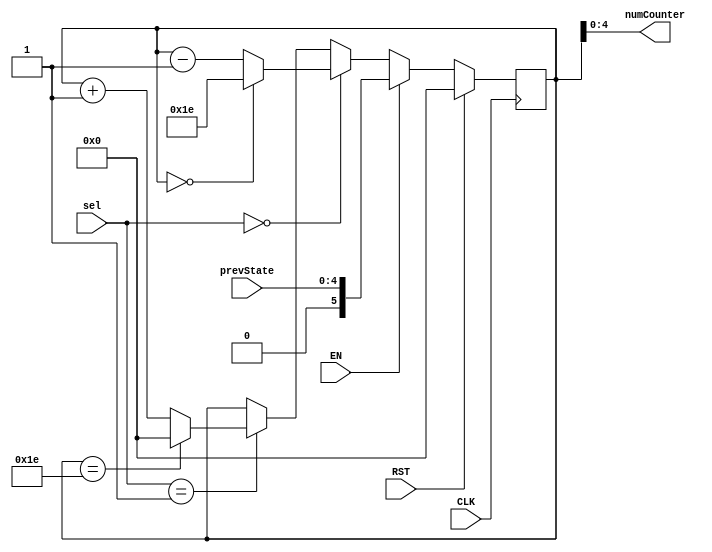
`timescale 1ns / 1ps
//////////////////////////////////////////////////////////////////////////////////
// Company: 
// Engineer: 
// 
// Design Name: 
// Module Name: Lock_Counter
// Project Name: 
// Target Devices: 
// Tool Versions: 
// Description: 
// 
// Dependencies: 
// 
// Revision:
// Revision 0.01 - File Created
// Additional Comments:
// 
//////////////////////////////////////////////////////////////////////////////////


module Lock_Counter(
input CLK, RST, EN,
input[1:0] sel,
input [4:0]prevState,
output [4:0] numCounter
    );
reg[5:0] state;  //initialize hardware states
//reg counter;
//reg continue;
assign numCounter = state;  //assign to output
//assign cont = counter;
integer check = 30; //wraps around 30 and 0
integer dCheck = 0;

/*always @(posedge CLK) begin
    assign continue = INIT;
end*/

always@(posedge CLK)begin
if(RST)begin    //resets all values
    state <= 1'b0;
    end
else if(EN)begin
    state <= prevState;
    end
else if(sel == 2'b00) begin //if select is 0 then count down
    if(state == dCheck) begin //at 0, counter goes to 30 and counts down
        state <= 5'b11110;
        end
    else begin
        state <= state - 1'b1;
        //counter <= state;
        end
end
else if(sel == 2'b01) begin  //if select is 1 then count up
    if(state == check)begin  //at 30 counter goes to 0 and counts up
        state <= 1'b0;
        //counter <= state;
        end
    else begin
        state <= state +1'b1;
        //counter <= state;
        end
    end
else if(sel == 2'b11) begin
    //state <= state; 
    end
end
endmodule